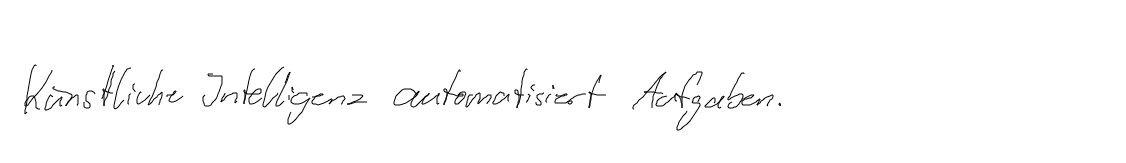
Künstliche Intelligenz automatisiert Aufgaben.